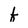
Character: f